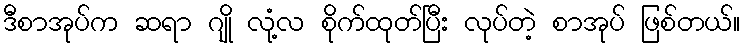
ဒီစာအုပ်က ဆရာ ဂျို လုံ့လ စိုက်ထုတ်ပြီး လုပ်တဲ့ စာအုပ် ဖြစ်တယ်။